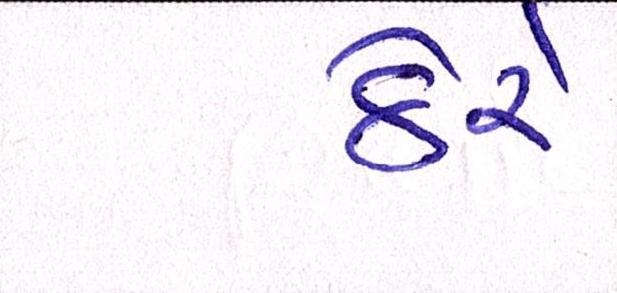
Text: ઠેરે